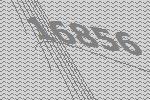
16856